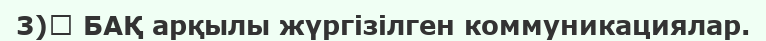
3)	 БАҚ арқылы жүргізілген коммуникациялар.